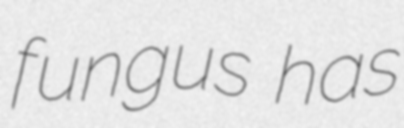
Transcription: fungus has